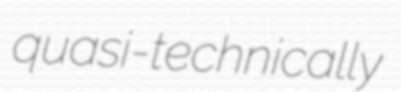
quasi-technically